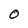
Character: 0